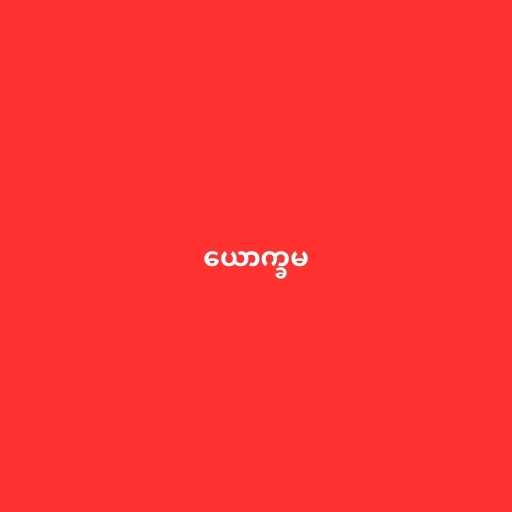
ယောက္ခမ